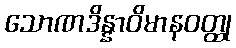
သောဏဒိန္နာဝိမာနဝတ္ထု